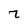
Character: z